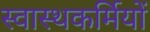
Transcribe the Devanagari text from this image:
स्वास्थकर्मियों